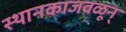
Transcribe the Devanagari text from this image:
स्थानकाजवळून्